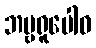
ဘဗ္ဗရူပေါဝ